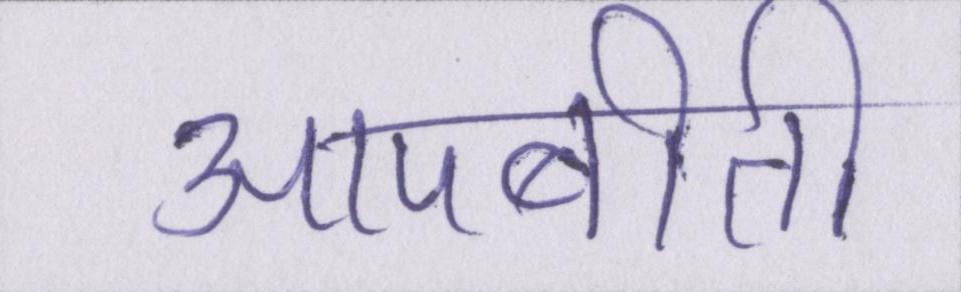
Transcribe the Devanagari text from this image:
आपबीती